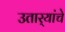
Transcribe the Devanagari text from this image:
उतार्‍यांचे